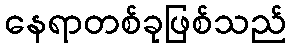
နေရာတစ်ခုဖြစ်သည်